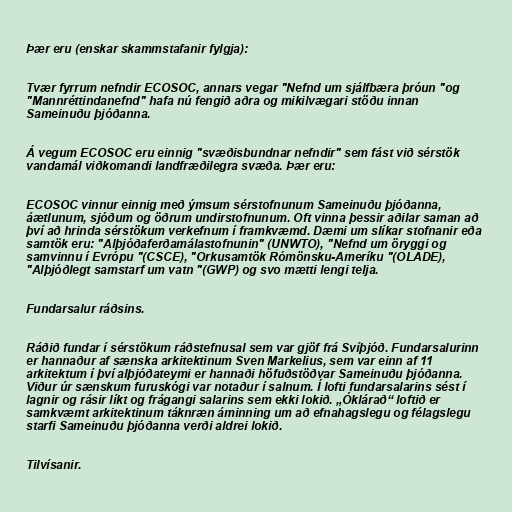
Þær eru (enskar skammstafanir fylgja):

Tvær fyrrum nefndir ECOSOC, annars vegar "Nefnd um sjálfbæra þróun "og
"Mannréttindanefnd" hafa nú fengið aðra og mikilvægari stöðu innan
Sameinuðu þjóðanna.

Á vegum ECOSOC eru einnig "svæðisbundnar nefndir" sem fást við sérstök
vandamál viðkomandi landfræðilegra svæða. Þær eru:

ECOSOC vinnur einnig með ýmsum sérstofnunum Sameinuðu þjóðanna,
áætlunum, sjóðum og öðrum undirstofnunum. Oft vinna þessir aðilar saman að
því að hrinda sérstökum verkefnum í framkvæmd. Dæmi um slíkar stofnanir eða
samtök eru: "Alþjóðaferðamálastofnunin" (UNWTO), "Nefnd um öryggi og
samvinnu í Evrópu "(CSCE), "Orkusamtök Rómönsku-Ameríku "(OLADE),
"Alþjóðlegt samstarf um vatn "(GWP) og svo mætti lengi telja.

Fundarsalur ráðsins.

Ráðið fundar í sérstökum ráðstefnusal sem var gjöf frá Svíþjóð. Fundarsalurinn
er hannaður af sænska arkitektinum Sven Markelius, sem var einn af 11
arkitektum í því alþjóðateymi er hannaði höfuðstöðvar Sameinuðu þjóðanna.
Viður úr sænskum furuskógi var notaður í salnum. Í lofti fundarsalarins sést í
lagnir og rásir líkt og frágangi salarins sem ekki lokið. „Óklárað“ loftið er
samkvæmt arkitektinum táknræn áminning um að efnahagslegu og félagslegu
starfi Sameinuðu þjóðanna verði aldrei lokið.

Tilvísanir.